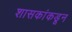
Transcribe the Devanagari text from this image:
शासकांकडून